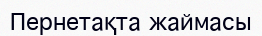
Пернетақта жаймасы